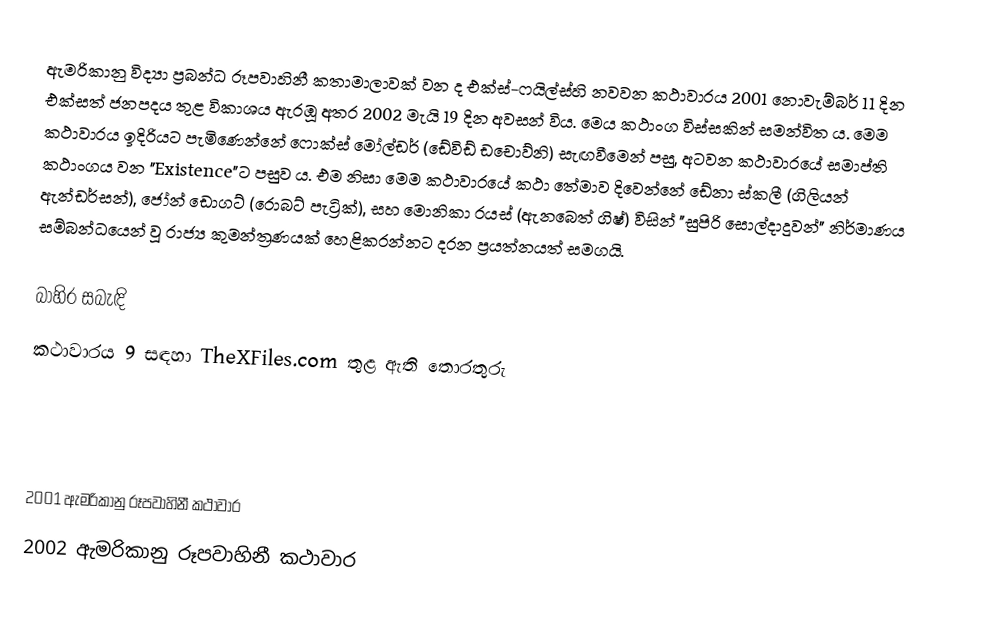
ඇමරිකානු විද්‍යා ප්‍රබන්ධ රූපවාහිනී කතාමාලාවක් වන ද එක්ස්-ෆයිල්ස්හි නවවන කථාවාරය 2001 නොවැම්බර් 11 දින එක්සත් ජනපදය තුළ විකාශය ඇරඹූ අතර 2002 මැයි 19 දින අවසන් විය. මෙය කථාංග විස්සකින් සමන්විත ය. මෙම කථාවාරය ඉදිරියට පැමිණෙන්නේ ෆොක්ස් මෝල්ඩර් (ඩේවිඩ් ඩචොව්නි) සැඟවීමෙන් පසු, අටවන කථාවාරයේ සමාප්ති කථාංගය වන "Existence"ට පසුව ය. එම නිසා මෙම කථාවාරයේ කථා තේමාව දිවෙන්නේ ඩේනා ස්කලී (ගිලියන් ඇන්ඩර්සන්), ජෝන් ඩොගට් (‍රොබට් පැට්‍රික්), සහ මොනිකා රයස් (ඇනබෙත් ගිෂ්) විසින් "සුපිරි සොල්දාදුවන්" නිර්මාණය සම්බන්ධයෙන්   වූ රාජ්‍ය කුමන්ත්‍රණයක් හෙළිකරන්නට දරන ප්‍රයත්නයත් සමගයි.

බාහිර සබැඳි
කථාවාරය 9 සඳහා TheXFiles.com තුළ ඇති තොරතුරු

2001 ඇමරිකානු රූපවාහිනී කථාවාර
2002 ඇමරිකානු රූපවාහිනී කථාවාර